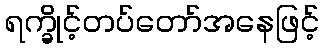
ရက္ခိုင့်တပ်တော်အနေဖြင့်